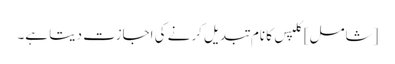
[شامل] کلپس کا نام تبدیل کرنے کی اجازت دیتا ہے۔